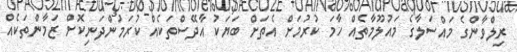
ރިލްވާންގެ މައްސަލާގެ މައުލޫމާތެއް ހާމަ ކުރުމަށް އެތަށް ބަޔަކު އާދޭސްތަކެއް ކުރަމުންދަނިކޮށް ޒަމާންތަކެއް